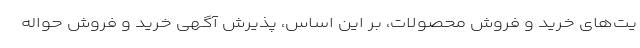
یت‌های خرید و فروش محصولات، بر این اساس، پذیرش آگهی خرید و فروش حواله